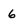
Character: 6